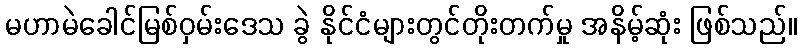
မဟာမဲခေါင်မြစ်ဝှမ်းဒေသ ခွဲ နိုင်ငံများတွင်တိုးတက်မှု အနိမ့်ဆုံး ဖြစ်သည်။